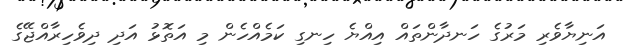
އަނިޔާވެރި މަރުގެ ހަނދާންތައް އިއްޔެ ހިނގި ކަމެއްހެން މި އަތޮޅު އަދި ދިވެހިރާއްޖޭގެ